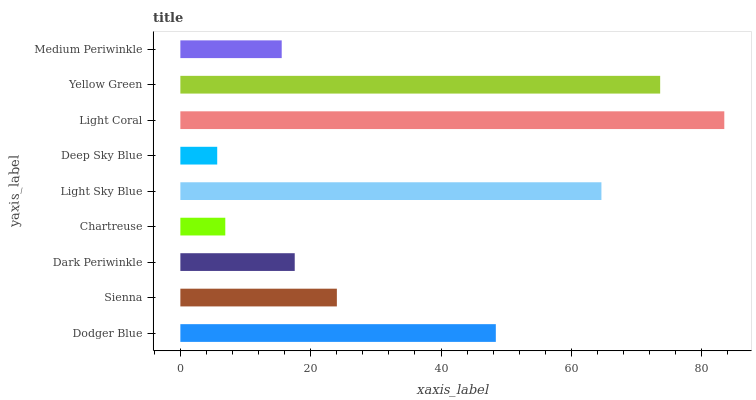
| yaxis_label | bars |
 | --- | --- |
 | Dodger Blue | 48.4 |
 | Sienna | 24 |
 | Dark Periwinkle | 17.5 |
 | Chartreuse | 6.89 |
 | Light Sky Blue | 64.6 |
 | Deep Sky Blue | 5.65 |
 | Light Coral | 83.5 |
 | Yellow Green | 73.6 |
 | Medium Periwinkle | 15.6 |